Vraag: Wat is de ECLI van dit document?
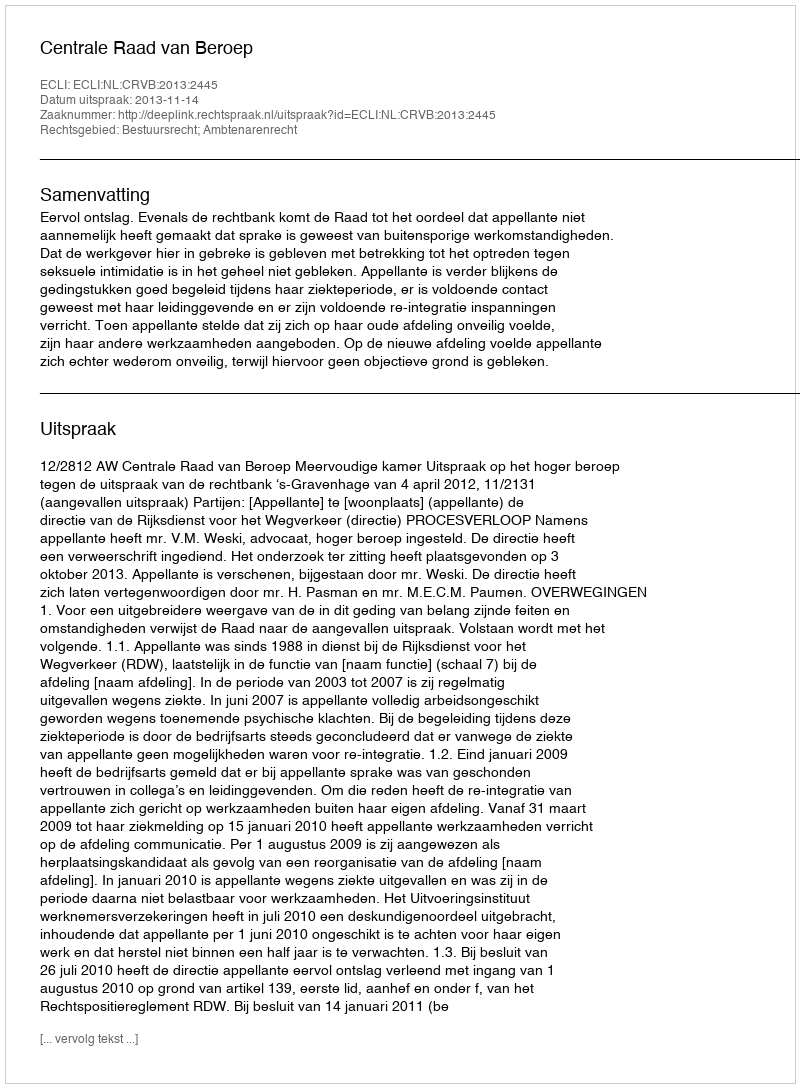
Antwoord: ECLI:NL:CRVB:2013:2445